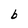
Character: b